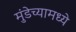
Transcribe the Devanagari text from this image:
मुंडेच्यामध्ये